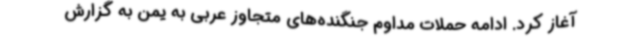
آغاز کرد. ادامه حملات مداوم جنگنده‌های متجاوز عربی به یمن به گزارش